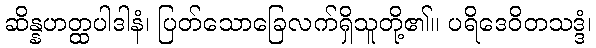
ဆိန္နဟတ္ထပါဒါနံ၊ ပြတ်သောခြေလက်ရှိသူတို့၏။ ပရိဒေဝိတသဒ္ဒံ၊